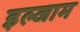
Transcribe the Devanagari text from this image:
इल्‍जाम